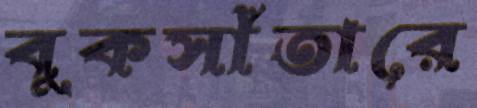
বুকসাঁতারে